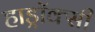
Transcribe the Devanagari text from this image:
हाड्रॉक्सी